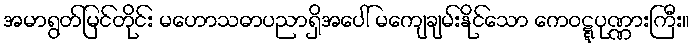
အမာရွတ်မြင်တိုင်း မဟောသဓာပညာရှိအပေါ် မကျေချမ်းနိုင်သော ကေဝဋ္ဋပုဏ္ဏားကြီး။